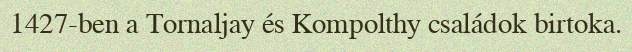
1427-ben a Tornaljay és Kompolthy családok birtoka.